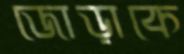
জোড়াকে